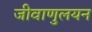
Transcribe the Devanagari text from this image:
जीवाणुलयन